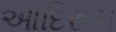
આદિરૂપ